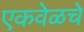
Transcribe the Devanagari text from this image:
एकवेळचे